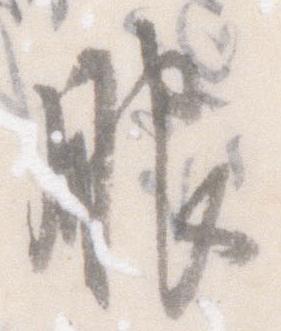
服